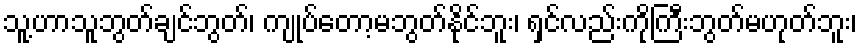
သူ့ဟာသူဘွတ်ချင်ဘွတ်၊ ကျုပ်တော့မဘွတ်နိုင်ဘူး၊ ရှင်လည်းကိုကြီးဘွတ်မဟုတ်ဘူး၊